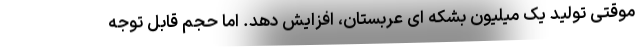
موقتی تولید یک میلیون بشکه ای عربستان، افزایش دهد. اما حجم قابل توجه